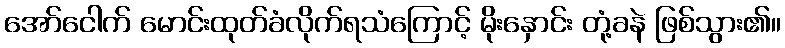
အော်ငေါက် မောင်းထုတ်ခံလိုက်ရသံကြောင့် မိုးနှောင်း တုံ့ခနဲ ဖြစ်သွား၏။